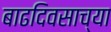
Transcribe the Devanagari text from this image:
बाढदिवसाच्या